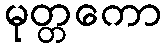
မုတ္တကော